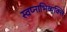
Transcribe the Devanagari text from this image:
स्वप्नाभिव्यक्ति